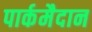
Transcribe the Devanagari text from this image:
पार्कमैदान